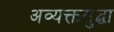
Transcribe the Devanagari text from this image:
अव्यक्तसुद्धा